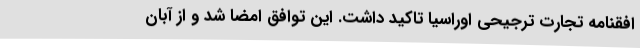
افقنامه تجارت ترجیحی اوراسیا تاکید داشت. این توافق امضا شد و از آبان